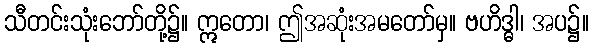
သီတင်းသုံးဘော်တို့၌။ ဣတော၊ ဤအဆုံးအမတော်မှ။ ဗဟိဒ္ဓါ၊ အပ၌။